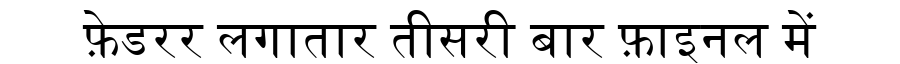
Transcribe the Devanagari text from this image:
फ़ेडरर लगातार तीसरी बार फ़ाइनल में